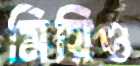
মিয়িও